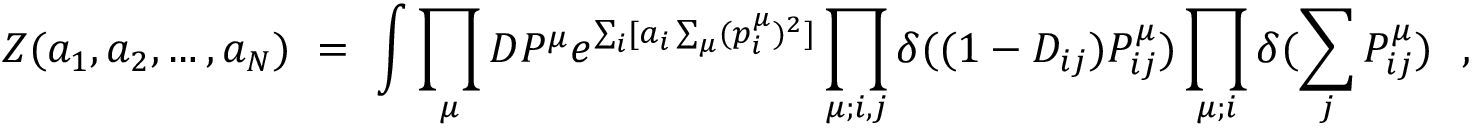
{ \cal Z } ( a _ { 1 } , a _ { 2 } , \dots , a _ { N } ) ~ = ~ \int \prod _ { \mu } { \cal D } P ^ { \mu } e ^ { \sum _ { i } [ a _ { i } \sum _ { \mu } ( p _ { i } ^ { \mu } ) ^ { 2 } ] } \prod _ { \mu ; i , j } \delta ( ( 1 - D _ { i j } ) P _ { i j } ^ { \mu } ) \prod _ { \mu ; i } \delta ( \sum _ { j } P _ { i j } ^ { \mu } ) ~ ~ ,